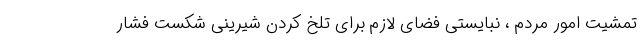
تمشیت امور مردم ، نبایستی فضای لازم برای تلخ کردن شیرینی شکست فشار